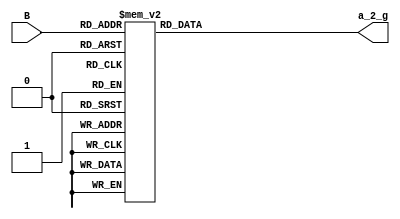
module Bin_2_7Seg_Disp(
    input [3:0] B,
    output reg[6:0] a_2_g
    );
    
    always @(*)
    begin
    case(B)
    4'b0000:a_2_g=7'h3f;
    4'b0001:a_2_g=7'h86;
    4'b0010:a_2_g=7'h5b;
    4'b0011:a_2_g=7'h4f;    
    4'b0100:a_2_g=7'h66;
    4'b0101:a_2_g=7'h6d;    
    4'b0110:a_2_g=7'h7d;
    4'b0111:a_2_g=7'h07;   
    
    4'b1000:a_2_g=7'h7f;
    4'b1001:a_2_g=7'h6f;
    4'b1010:a_2_g=7'h77;
    4'b1011:a_2_g=7'h7c;    
    4'b1100:a_2_g=7'h39;
    4'b1101:a_2_g=7'h5e;    
    4'b1110:a_2_g=7'h79;
    4'b1111:a_2_g=7'h71;    
   default:a_2_g=7'h00; 
    endcase
    end
    
    
    
    
    
    
    
    
    
    
    
endmodule